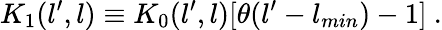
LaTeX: K_{1}(l^{\prime},l)\equiv K_{0}(l^{\prime},l)[\theta(l^{\prime}-l_{min})-1]\ .